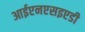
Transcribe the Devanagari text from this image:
आईएनएसइएडी